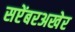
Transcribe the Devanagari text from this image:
सप्टेंबरअखेर